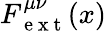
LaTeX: F_{\mathrm{~e~x~t~}}^{\mu\nu}(x)